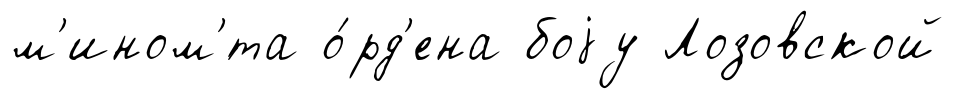
м'ином'́та о́рд'ена боjу Лозовской